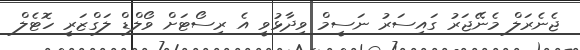
ޖެނެރަލް މެނޭޖަރު ގައިސަރު ނަސީމް ވިދާޅުވީ އެ ރިސޯޓަށް ވޯލްޑް ލަގްޒަރީ ހޮޓެލް